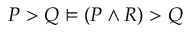
P > Q \models ( P \land R ) > Q